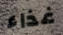
غذاء